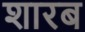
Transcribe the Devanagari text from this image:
शारब